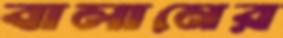
বালানের